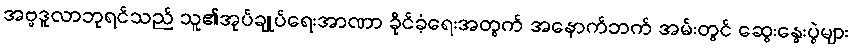
အဗ္ဗဒူလာဘုရင်သည် သူ၏အုပ်ချုပ်ရေးအာဏာ ခိုင်ခံ့ရေးအတွက် အနောက်ဘက် အမ်းတွင် ဆွေးနွေးပွဲများ